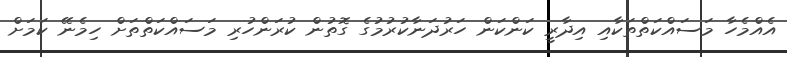
އެއްމެހާ މަސައްކަތްތަކާއި އިދާރީ ކަންކަން ހަރުދަނާކުރުމުގެ ގޮތުން ކުރަންހުރި މަސައްކަތްތަށް ހިމެނޭ ކަމަށް